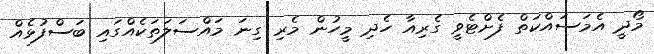
މޯދީ އެމަސައްކަތް ފެށްޓެވީ ގެރިއާ ހެދި މީހުން މެރި ގިނަ މައްސަލަތަކެއްގައި ބަސްފުޅެއް